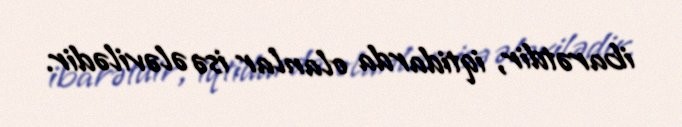
ibarətdir, iqtidarda olanlar isə ələvilədir.